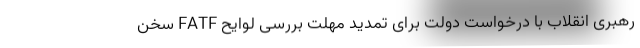
رهبری انقلاب با درخواست دولت برای تمدید مهلت بررسی لوایح FATF سخن